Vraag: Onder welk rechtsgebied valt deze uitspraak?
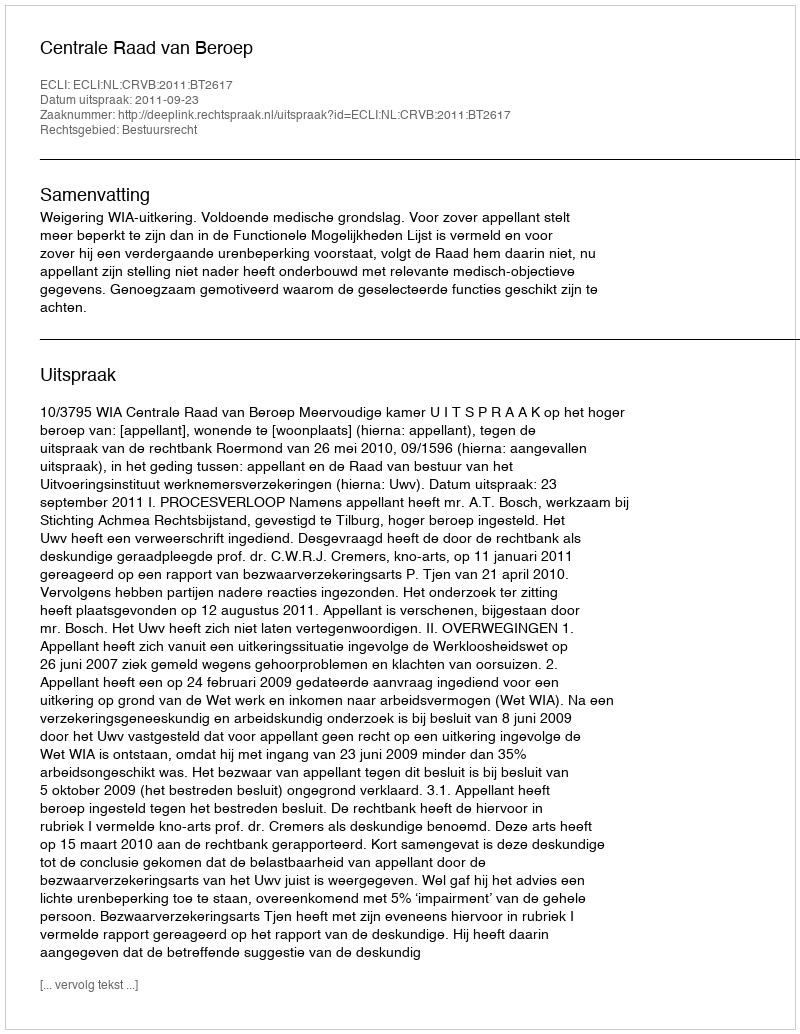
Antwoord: Bestuursrecht